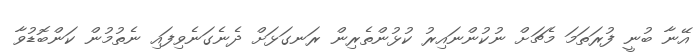
އޭނާ ބުނީ ފުރަތަމަ މެޗަށް ނުކުންނައިރު ކުޅުންތެރިން ރަނގަޅަށް ދެނެގަނެވިފައި ނެތުމުން ކަންބޮޑުވާ